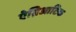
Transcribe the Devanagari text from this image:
ऐम्निआटिक